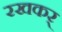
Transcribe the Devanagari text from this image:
रखकर्